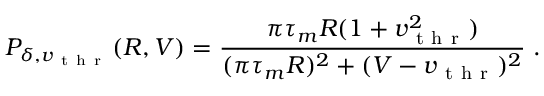
P _ { \delta , v _ { \mathrm { ~ t ~ h ~ r ~ } } } ( R , V ) = \frac { \pi \tau _ { m } R ( 1 + v _ { \mathrm { ~ t ~ h ~ r ~ } } ^ { 2 } ) } { ( \pi \tau _ { m } R ) ^ { 2 } + ( V - v _ { \mathrm { ~ t ~ h ~ r ~ } } ) ^ { 2 } } \; .